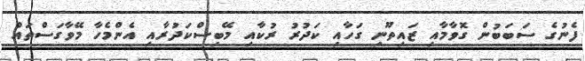
ފެނުގެ ސަބަބުން ގޮވާމާއި ޒައިތޫނި ގަހާއި ކަދުރު ރުކާއި މޭބިސްކަދުރާއި އެންމެހާ މޭވާގަސްތައް